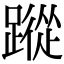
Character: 蹤